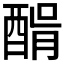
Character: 𨡠